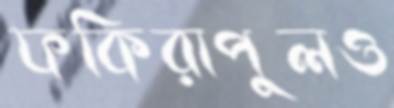
ফকিরাপুলও